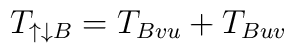
T_{\uparrow\downarrow B} = T_{Bvu}+T_{Buv}